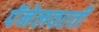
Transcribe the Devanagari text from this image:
पॅनेलवरती